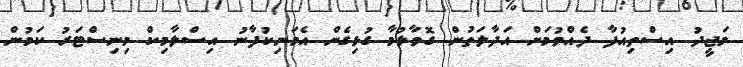
މަޖީދު އިސްތިއުފާ ދެއްވުމަށް އަދާލަތުން ގޮވާލުމާ ގުޅިގެން އެމަނިކުފާނު އިސްލާމިކް މިނިސްޓަރު ކަމުން